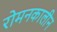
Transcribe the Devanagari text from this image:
रोमनकालीन